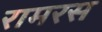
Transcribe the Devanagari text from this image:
रामरस